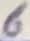
Text: 6